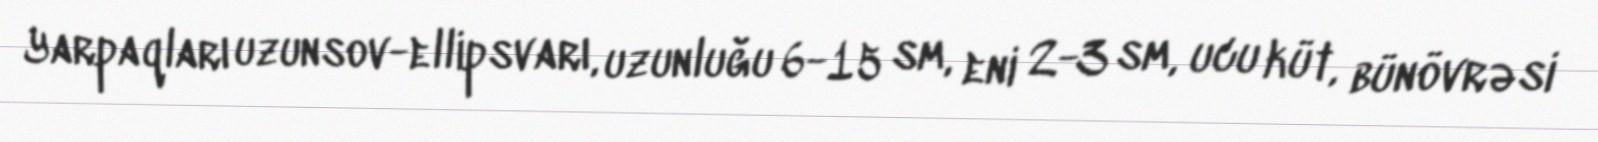
Yarpaqları uzunsov-ellipsvarı, uzunluğu 6-15 sm, eni 2-3 sm, ucu küt, bünövrəsi